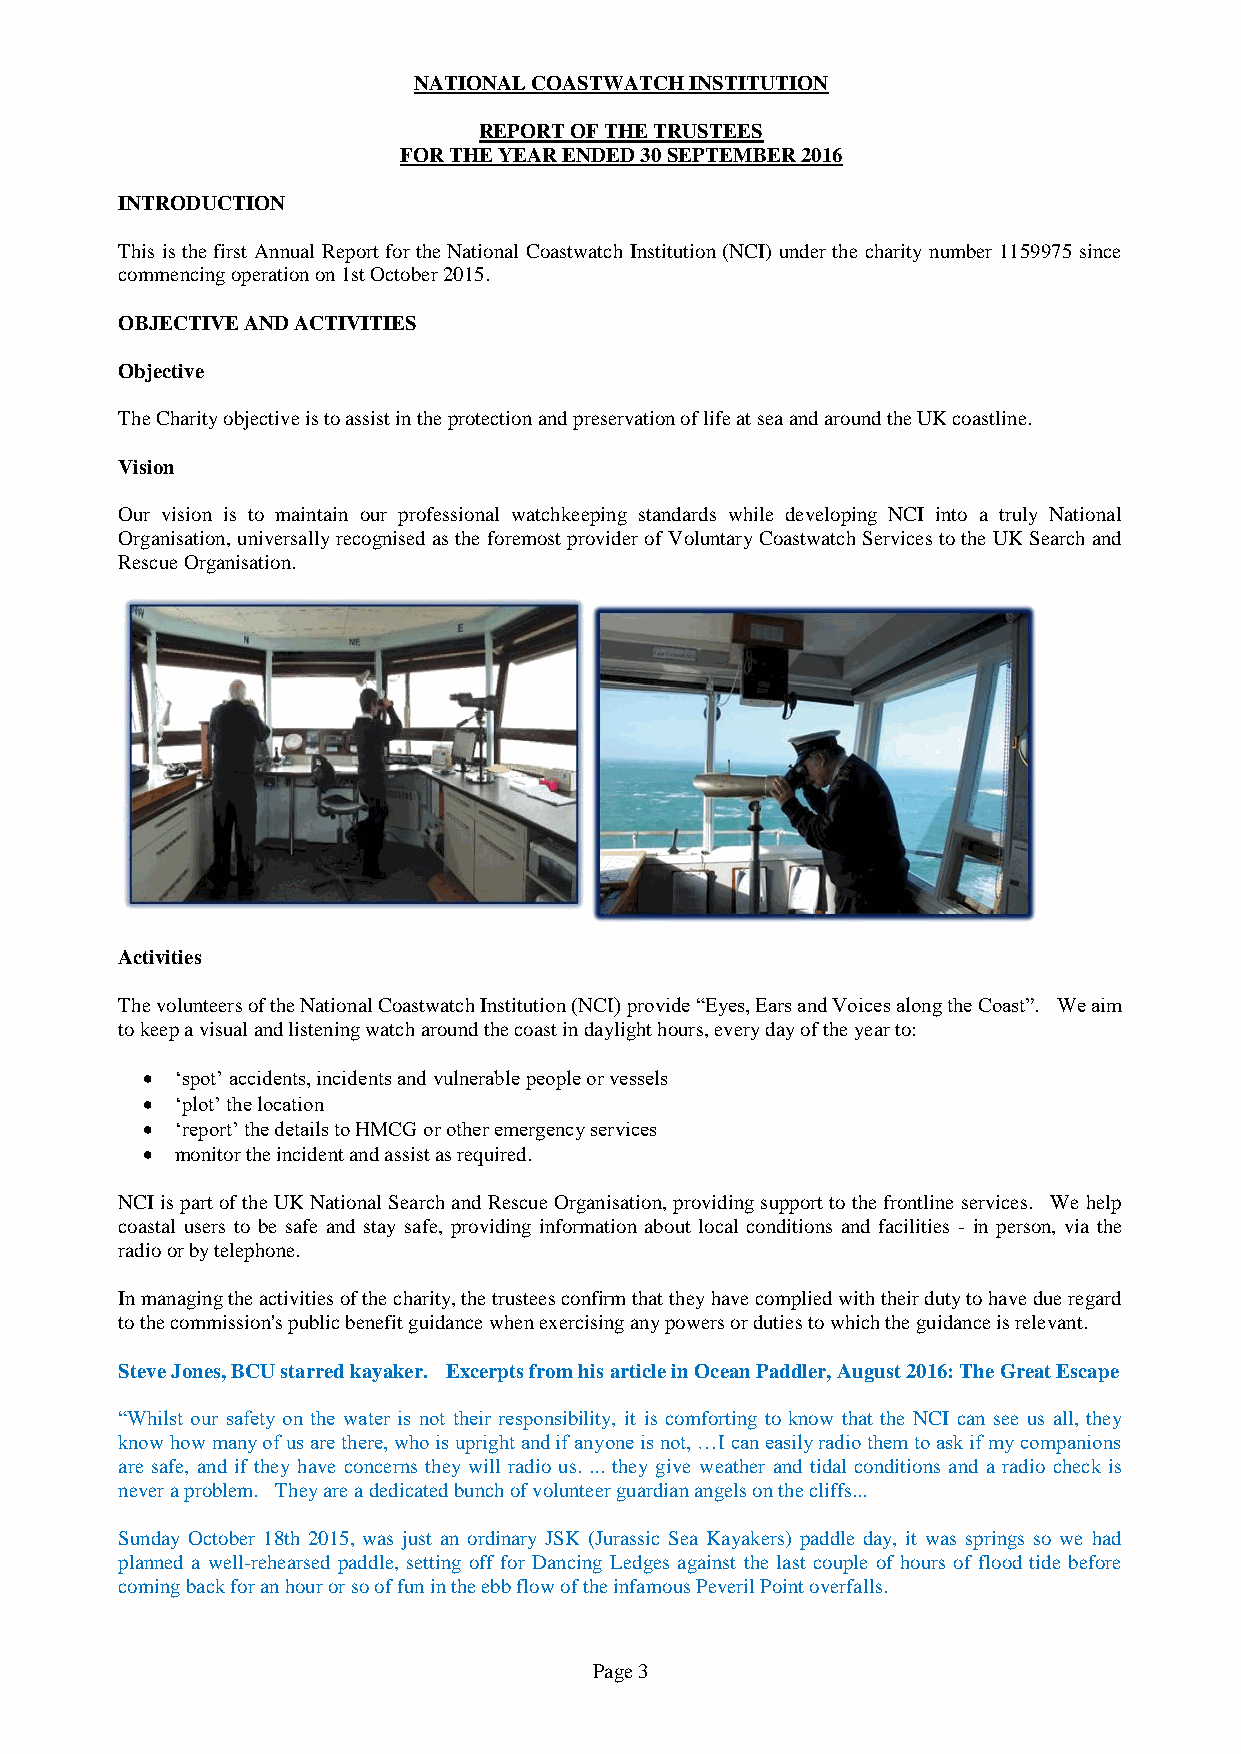
NATIONAL COASTWATCH INSTITUTION
 REPORT OF THE TRUSTEES
 FOR THE YEAR ENDED 30 SEPTEMBER 2016
 INTRODUCTION
 This is the first Annual Report for the National Coastwatch Institution (NCI) under the charity number 1159975 since
 commencing operation on 1st October 2015.
 OBJECTIVE AND ACTIVITIES
 Objective
 The Charity objective is to assist in the protection and preservation of life at sea and around the UK coastline.
 Vision
 Our vision is to maintain our professional watchkeeping standards while developing NCI into a truly National
 Organisation, universally recognised as the foremost provider of Voluntary Coastwatch Services to the UK Search and
 Rescue Organisation.
 Activities
 The volunteers of the National Coastwatch Institution (NCI) provide “Eyes, Ears and Voices along the Coast”. We aim
 to keep a visual and listening watch around the coast in daylight hours, every day of the year to:
   ‘spot’ accidents, incidents and vulnerable people or vessels
   ‘plot’ the location
   ‘report’ the details to HMCG or other emergency services
   monitor the incident and assist as required.
 NCI is part of the UK National Search and Rescue Organisation, providing support to the frontline services. We help
 coastal users to be safe and stay safe, providing information about local conditions and facilities - in person, via the
 radio or by telephone.
 In managing the activities of the charity, the trustees confirm that they have complied with their duty to have due regard
 to the commission's public benefit guidance when exercising any powers or duties to which the guidance is relevant.
 Steve Jones, BCU starred kayaker. Excerpts from his article in Ocean Paddler, August 2016: The Great Escape
 “Whilst our safety on the water is not their responsibility, it is comforting to know that the NCI can see us all, they
 know how many of us are there, who is upright and if anyone is not, …I can easily radio them to ask if my companions
 are safe, and if they have concerns they will radio us. ... they give weather and tidal conditions and a radio check is
 never a problem. They are a dedicated bunch of volunteer guardian angels on the cliffs...
 Sunday October 18th 2015, was just an ordinary JSK (Jurassic Sea Kayakers) paddle day, it was springs so we had
 planned a well-rehearsed paddle, setting off for Dancing Ledges against the last couple of hours of flood tide before
 coming back for an hour or so of fun in the ebb flow of the infamous Peveril Point overfalls.
 Page 3